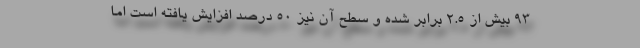
۹۳ بیش از ۲.۵ برابر شده و سطح آن نیز ۵۰ درصد افزایش یافته است اما